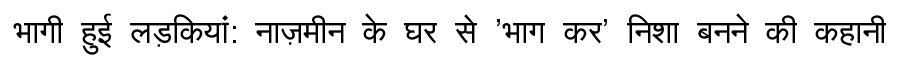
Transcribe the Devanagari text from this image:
भागी हुई लड़कियां: नाज़मीन के घर से 'भाग कर' निशा बनने की कहानी